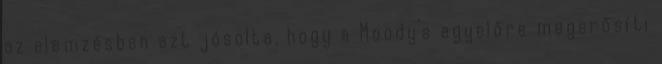
az elemzésben azt jósolta, hogy a Moody's egyelőre megerősíti